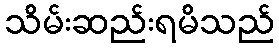
သိမ်းဆည်းရမိသည်